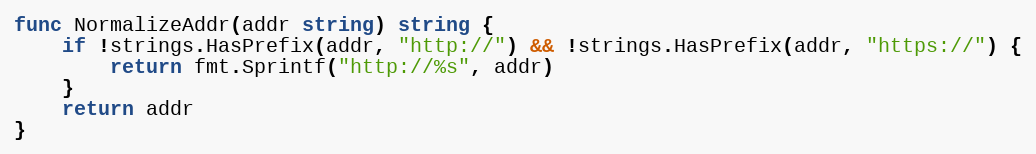
Language: Go
func NormalizeAddr(addr string) string {
	if !strings.HasPrefix(addr, "http://") && !strings.HasPrefix(addr, "https://") {
		return fmt.Sprintf("http://%s", addr)
	}
	return addr
}